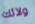
ولائك